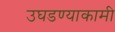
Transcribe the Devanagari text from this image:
उघडण्याकामी